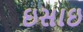
ઇસાઇ